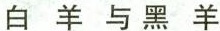
白羊与黑羊